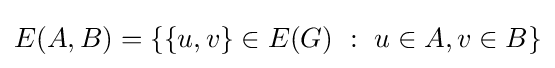
E(A,B)=\{\{u,v\}\in E(G)\ :\ u\in A,v\in B\}